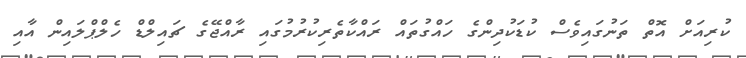
ކުރިއަށް އޮތް ތަނުގައިވެސް ކުޑަކުދިންގެ ހައްގުތައް ރައްކާތެރިކުރުމުގައި ރާއްޖޭގެ ޗައިލްޑް ހެލްޕްލައިން އާއި